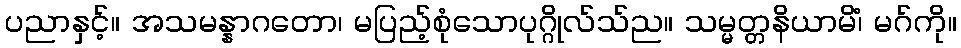
ပညာနှင့်။ အသမန္နာဂတော၊ မပြည့်စုံသောပုဂ္ဂိုလ်သ်ည။ သမ္မတ္တနိယာမိံ၊ မဂ်ကို။